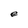
Character: e